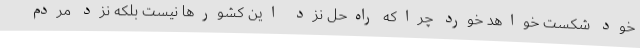
خود شکست خواهد خورد چراکه راه‌حل نزد این کشورها نیست بلکه نزد مردم